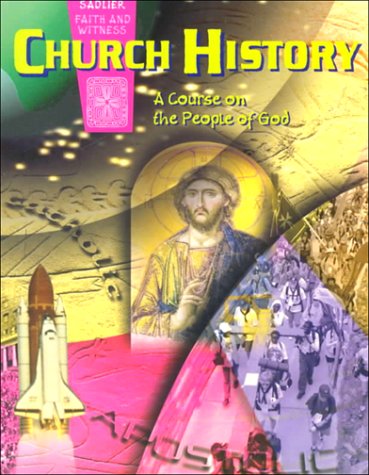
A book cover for Church History: A Course on the People of God, School Guide (Sadlier faith and witness); T. J. Shelly; Christian Books & Bibles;